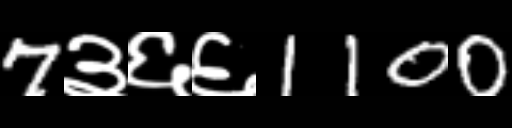
Text: 7३६६1100